Statistical return of the lunatic asylum in Assam - 1912-1932
Year: 1912
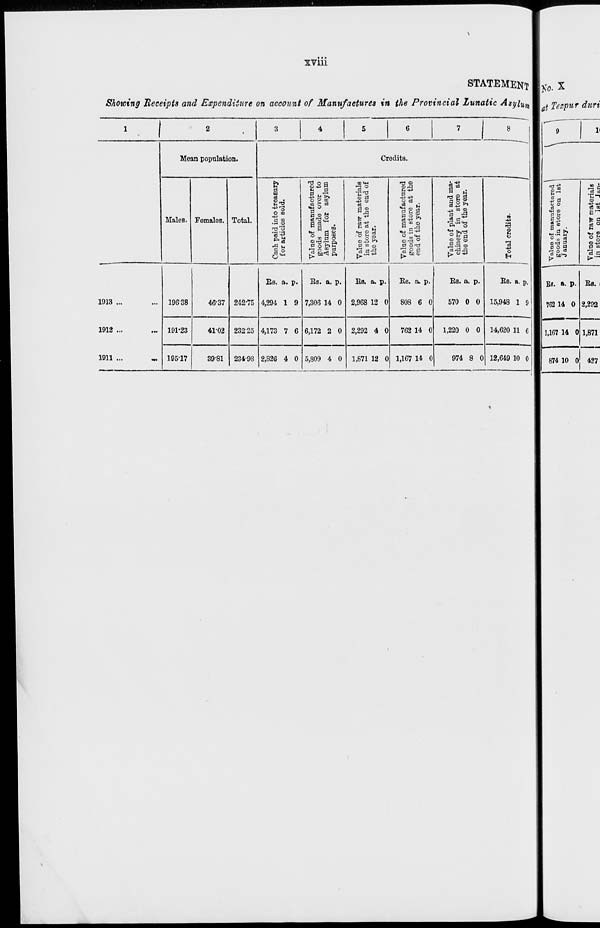
M
CO
M
CO
s
s CO
:
:
:
M
!
:
:
to
1-4
CO
CO
OS
s
to
CO
CO
CO
m
1
t=l
<s
•a
CO
•-•
&
o
•3
to
00
o
£3
CO
o
IB
1
O
a
to
BO
to
H
CO
CO
Itk
o
s>
to
to
g"
•
co
to
~J
p
CO
W
c-c
to
jP"
Jh
CO
l-»
CO
w
t-B
•a
CO
cs
CO
$»
m
Cash paid into treasury
CO
*-
o
H*
P
for articles sold.
©
OS
CO
•d
CI
os
VJ
CO
©
-3
CO
©
»
Value of manufactured
o
to
OS
?
gooda made over to
*■
fri
to
lO
P
•d
Asylum for asylum
purposes.
o
o
o
1-4
to
to
CO
CO
CO
CO
cs
W
Value of raw materials
1—»
to
CO
in store at the end of
tn
0k
>->
to
P
the year.
o
©
©
*?
n
a
t-»
P4
CS
cs
CO
o
a
Value of manufactured
ct-
01
Vt
to
GO
•
goods in store at the
CS
t-4
lt>
OS
p
end of the year.
O
o
o
V-4
CO
to
to
CIT
w
Value of plant and ma-
s
o
o
m
chinery in store at
VI
CO
o
o
o
o
P
the end of the year.
o
" '
1-4
l->
t-i
OS
lt>
S*
en
OS
tNO
CO
If*.
W
to
o
CO
<s
Total credits-
CO
1-4
o
- 1
1-4
t-1
to
/
I
1
«
co
•s* 1
/
§9
c».
cc.
^5-
B
8
B-
I
B4
c».
B
cs
a
t
Ok
to
cs
B
*»i
e
t-3
\
\
Value of man-afacturod
gooda in store on lBt
January.
Value of raw materials
in store on 1st Jan-